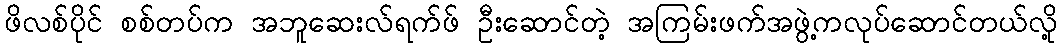
ဖိလစ်ပိုင် စစ်တပ်က အဘူဆေးလ်ရက်ဖ် ဦးဆောင်တဲ့ အကြမ်းဖက်အဖွဲ့ကလုပ်ဆောင်တယ်လို့